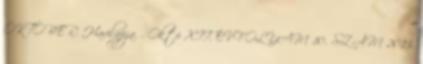
OKTÓBER. Havilapja. . Októ XII. ÉVFOLYAM 10. SZÁM 2013.